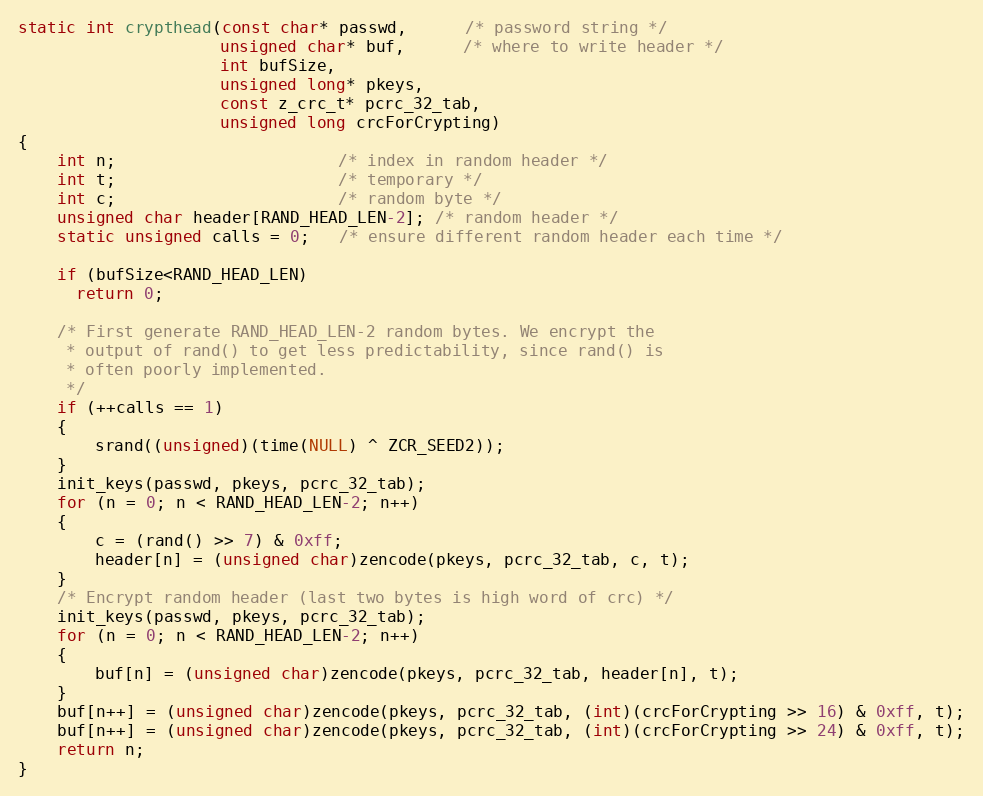
Language: C
static int crypthead(const char* passwd,      /* password string */
                     unsigned char* buf,      /* where to write header */
                     int bufSize,
                     unsigned long* pkeys,
                     const z_crc_t* pcrc_32_tab,
                     unsigned long crcForCrypting)
{
    int n;                       /* index in random header */
    int t;                       /* temporary */
    int c;                       /* random byte */
    unsigned char header[RAND_HEAD_LEN-2]; /* random header */
    static unsigned calls = 0;   /* ensure different random header each time */

    if (bufSize<RAND_HEAD_LEN)
      return 0;

    /* First generate RAND_HEAD_LEN-2 random bytes. We encrypt the
     * output of rand() to get less predictability, since rand() is
     * often poorly implemented.
     */
    if (++calls == 1)
    {
        srand((unsigned)(time(NULL) ^ ZCR_SEED2));
    }
    init_keys(passwd, pkeys, pcrc_32_tab);
    for (n = 0; n < RAND_HEAD_LEN-2; n++)
    {
        c = (rand() >> 7) & 0xff;
        header[n] = (unsigned char)zencode(pkeys, pcrc_32_tab, c, t);
    }
    /* Encrypt random header (last two bytes is high word of crc) */
    init_keys(passwd, pkeys, pcrc_32_tab);
    for (n = 0; n < RAND_HEAD_LEN-2; n++)
    {
        buf[n] = (unsigned char)zencode(pkeys, pcrc_32_tab, header[n], t);
    }
    buf[n++] = (unsigned char)zencode(pkeys, pcrc_32_tab, (int)(crcForCrypting >> 16) & 0xff, t);
    buf[n++] = (unsigned char)zencode(pkeys, pcrc_32_tab, (int)(crcForCrypting >> 24) & 0xff, t);
    return n;
}